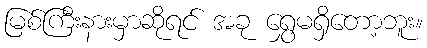
မြစ်ကြီးနားမှာဆိုရင် အခု ရွှေမရှိတော့ဘူး။